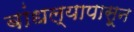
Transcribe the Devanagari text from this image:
बांधल्यापासून